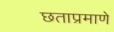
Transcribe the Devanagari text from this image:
छताप्रमाणे